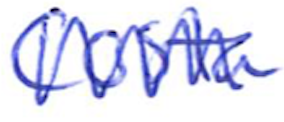
Text: Costa
Cross-out: zig-zag
Writing tool: ballpoint